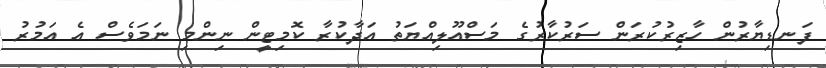
ފަނޑިޔާރުން ހާޒިރުކުރަން ސަރުކާރުގެ މަސްއޫލިއްޔަތު އަދާކުރާ ކޮމިޓީން ނިންމި ނަމަވެސް އެ އަމުރު